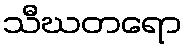
သီဃတရော